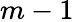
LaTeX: m-1